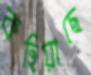
কহিয়াছে